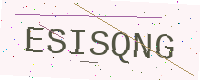
Text: ESISQNG